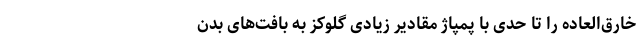
خارق‌العاده را تا حدی با پمپاژ مقادیر زیادی گلوکز به بافت‌های بدن